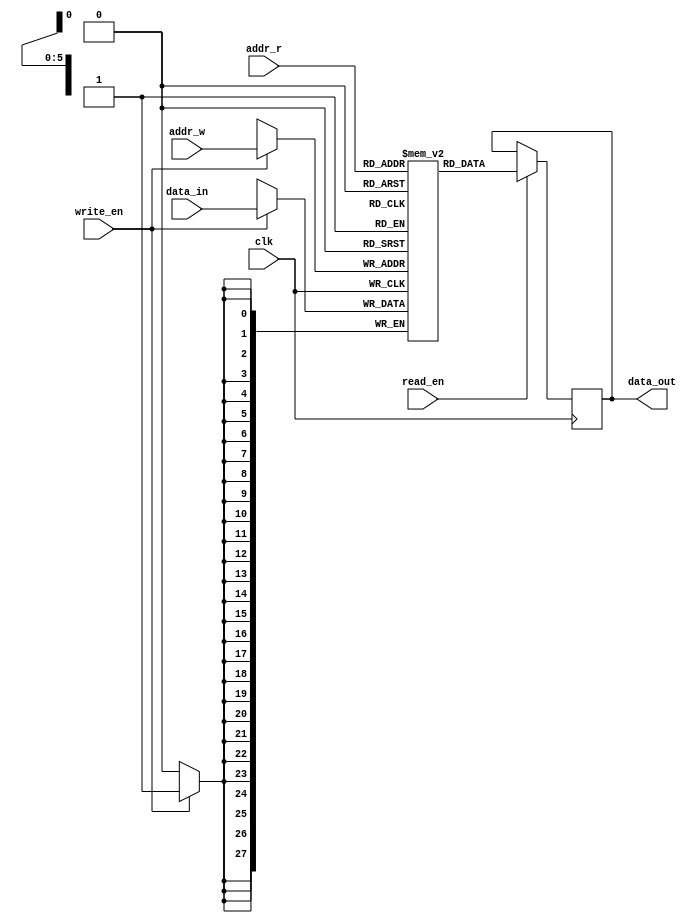
module SRAM_DUAL #(
    parameter SRAM_DEPTH_BIT = 6,
    parameter SRAM_DEPTH = 2 ** SRAM_DEPTH_BIT,
    parameter SRAM_WIDTH = 28,
    parameter INIT_IF = "no",
    parameter INIT_FILE = ""
)(
    input clk,
    input [SRAM_DEPTH_BIT - 1 : 0]addr_r, addr_w,
    input read_en, write_en,
    input[SRAM_WIDTH  - 1 : 0]data_in,
    output reg [SRAM_WIDTH  - 1 : 0]data_out
);

reg [SRAM_WIDTH  - 1 : 0]mem[0 : SRAM_DEPTH - 1];

// ******************************************************************
// INSTANTIATIONS
// ******************************************************************
initial begin
  if (INIT_IF == "yes") begin
    $readmemh(INIT_FILE, mem, 0, SRAM_DEPTH-1);
  end
end

always @(posedge clk) begin
    if (read_en) begin
        data_out <= mem[addr_r];
    end
end

always @(posedge clk) begin
    if (write_en) begin
        mem[addr_w] <= data_in;            
    end
end

endmodule